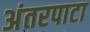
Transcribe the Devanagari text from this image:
अंतरपाटा